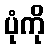
ပုံကို